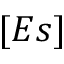
[ E s ]